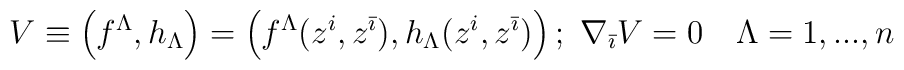
V \equiv \left( f^\Lambda, h_\Lambda \right) =\left( f^\Lambda(z^i,z^{\bar \imath}), h_\Lambda (z^i,z^{\bar \imath})\right) ; \,\, \nabla_{\bar \imath} V=0 \quad \Lambda =1,...,n